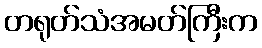
တရုတ်သံအမတ်ကြီးက